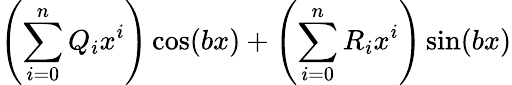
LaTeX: \left(\sum_{i=0}^{n}Q_{i}x^{i}\right)\cos(bx)+\left(\sum_{i=0}^{n}R_{i}x^{i}\right)\sin(bx)